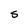
Character: S